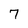
Character: 7